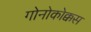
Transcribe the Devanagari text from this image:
गोनोकोक्कस